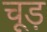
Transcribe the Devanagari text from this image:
चूड़